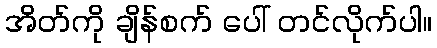
အိတ်ကို ချိန်စက် ပေါ် တင်လိုက်ပါ။